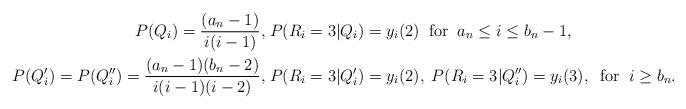
LaTeX: \begin{align*}P(Q_{i})=\frac{(a_n-1)}{i(i-1)},\; &P(R_i=3|Q_{i})=y_i(2)\;\;\mbox{for}\;\;a_n\le i\le b_n-1, \\ P(Q'_{i})=P(Q''_{i})=\frac{(a_n-1)(b_n-2)}{i(i-1)(i-2)},\; &P(R_i=3|Q'_{i})=y_i(2),\; P(R_i=3|Q''_{i})=y_i(3),\;\;\mbox{for}\;\;i\ge b_n.\end{align*}